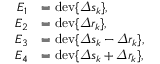
\begin{array} { r l } { E _ { 1 } } & { = \mathrm { d e v } \{ \varDelta s _ { k } \} , } \\ { E _ { 2 } } & { = \mathrm { d e v } \{ \varDelta r _ { k } \} , } \\ { E _ { 3 } } & { = \mathrm { d e v } \{ \varDelta s _ { k } - \varDelta r _ { k } \} , } \\ { E _ { 4 } } & { = \mathrm { d e v } \{ \varDelta s _ { k } + \varDelta r _ { k } \} , } \end{array}